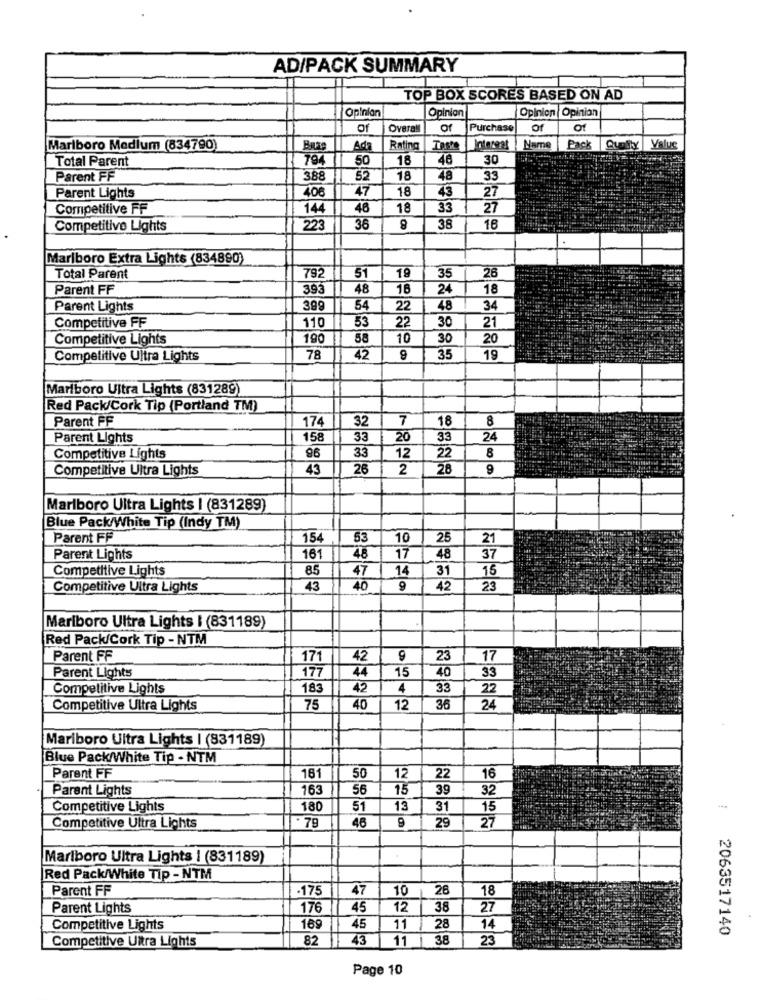
AD/PACK SUMMARY
TOP BOX SCORES BASED ON AD
Opinion
Opinian
Opinion Opinion
of
Overal
of
Purchase
of
Of
Marlboro Medium (834790)
Ada
Rating
Taste
Interest
Name
Pack
Quality Value
Total Parent
794
50
18
46
30
Parent FF
388
52
18
48
33
47
18
27
Parent Lights
406
43
Competitive FF
144
48
18
8
33
27
Competitive Lights
223
36
38
18
Marlboro Extra Lights (834890)
Total Parent
792
51
19
35
26
Parent FF
393
48
16
24
18
Parent Lights
54
22
48
34
53
30
Competitive FF
110
22
21
Competitive Lights
190
58
10
30
20
Competitive Ultra Lights
78
42
35
19
Marlboro Ultra Lights (831289)
Red Pack/Cork Tip (Portland TM)
Parent FF
174
32
7
18
8
Parent Lights
158
33
20
33
24
Competitive Lights
96
33
12
22
8
Competitive Ultra Lights
43
26
2
28
9
Marlboro Ultra Lights | (831289)
Blue Pack/White Tip (Indy TM)
Parent FF
154
53
10
25
21
Parent Lights
161
48
17
48
37
Competitive Lights
85
47
14
31
15
Competitive Ultra Lights
43
40
9
42
23
Marlboro Ultra Lights | (831189)
Red Pack/Cork Tip - NTM
Parent FF
171
42
23
17
Parent Lights
177
44
15
40
33
Competitive Lights
183
42
4
33
22
Competitive Ultra Lights
75
40
12
36
24
Mariboro Ultra Lights | (831189)
Blue Pack/White Tip - NTM
161
Parent FF
50
12
22
16
Parent Lights
163
56
15
39
32
Competitive Lights
180
51
13
31
15
Competitive Ultra Lights
.79
46
9
29
27
Marlboro Ultra Lights | (831189)
Red Pack/White Tip - NTM
Parent FF
.175
47
10
26
18
Parent Lights
176
45
12
38
27
Competitive Lights
169
45
11
28
14
2063517140
Competitive Uitra Lights
82
43
11
38
23
Page 10